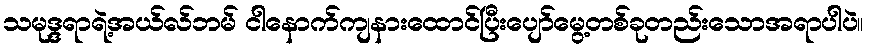
သမုဒ္ဒရာရဲ့အယ်လ်ဘမ် ငါနောက်ကျနားထောင်ပြီးပျော်မွေ့တစ်ခုတည်းသောအရာပါပဲ။